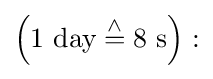
\left(1{\text{ day}}\mathrel {\overset {\land }{=}} 8{\text{ s}}\right):